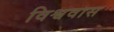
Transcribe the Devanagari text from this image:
विश्ववास